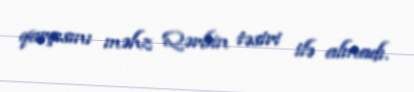
qarşısını məhz Qərbin təsiri ilə almadı.